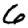
Digit: 6